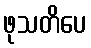
ဖုသတိပေ